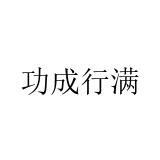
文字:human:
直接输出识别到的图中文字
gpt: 功成行满